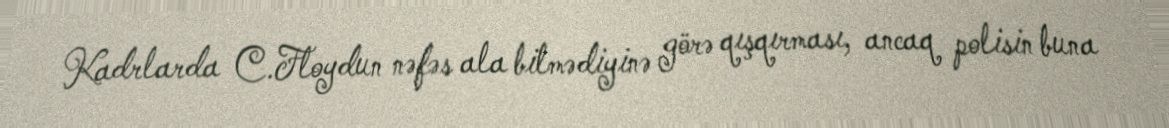
Kadrlarda C.Floydun nəfəs ala bilmədiyinə görə qışqırması, ancaq polisin buna